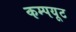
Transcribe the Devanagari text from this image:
कम्पयूट